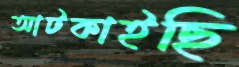
আটকাইছি